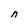
Character: n